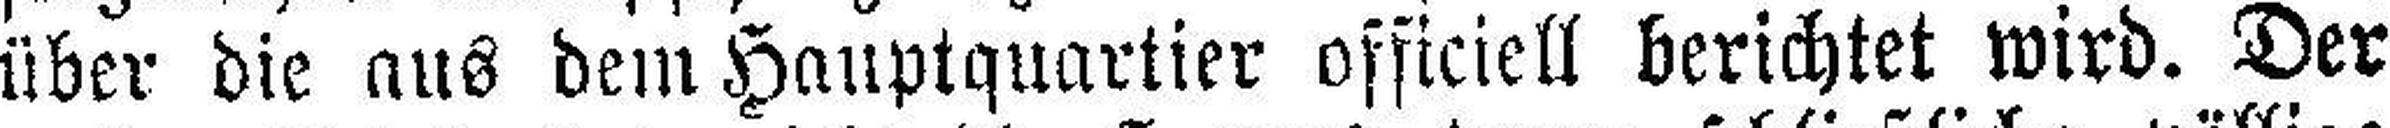
über die aus dem Hauptquartier officiell berichtet wird. Der